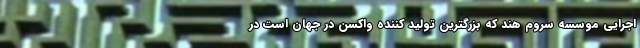
اجرایی موسسه سروم هند که بزرگترین تولید کننده واکسن در جهان است در